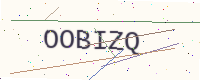
Text: OOBIZQ